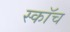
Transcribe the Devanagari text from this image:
स्‍कॉच